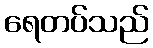
ရေတပ်သည်